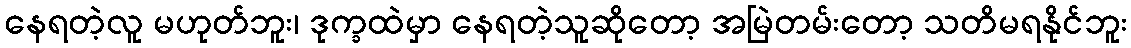
နေရတဲ့လူ မဟုတ်ဘူး၊ ဒုက္ခထဲမှာ နေရတဲ့သူဆိုတော့ အမြဲတမ်းတော့ သတိမရနိုင်ဘူး